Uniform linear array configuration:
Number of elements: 48
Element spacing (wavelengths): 0.75
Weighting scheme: hann
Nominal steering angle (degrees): -15
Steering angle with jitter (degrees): -16.272
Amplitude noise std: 0.05
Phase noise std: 0.05

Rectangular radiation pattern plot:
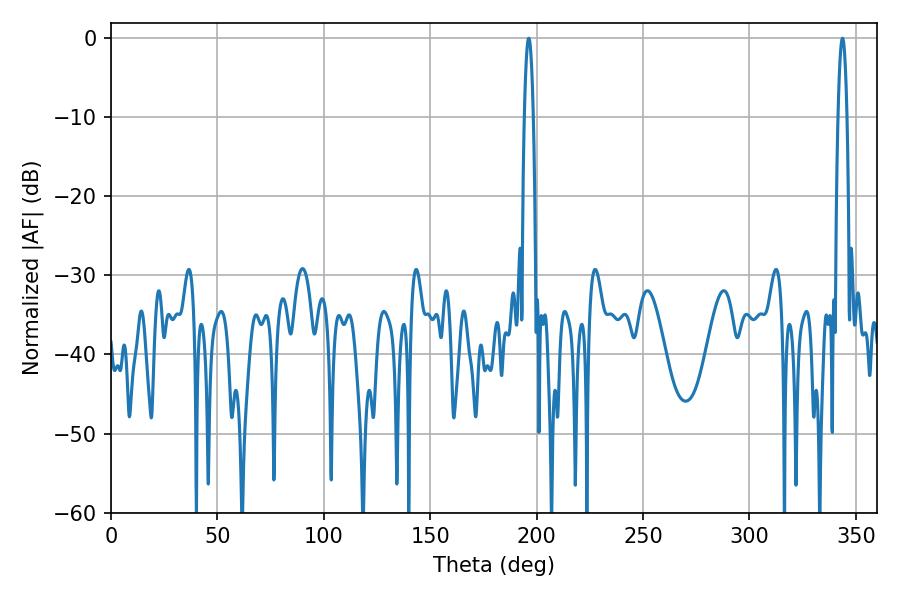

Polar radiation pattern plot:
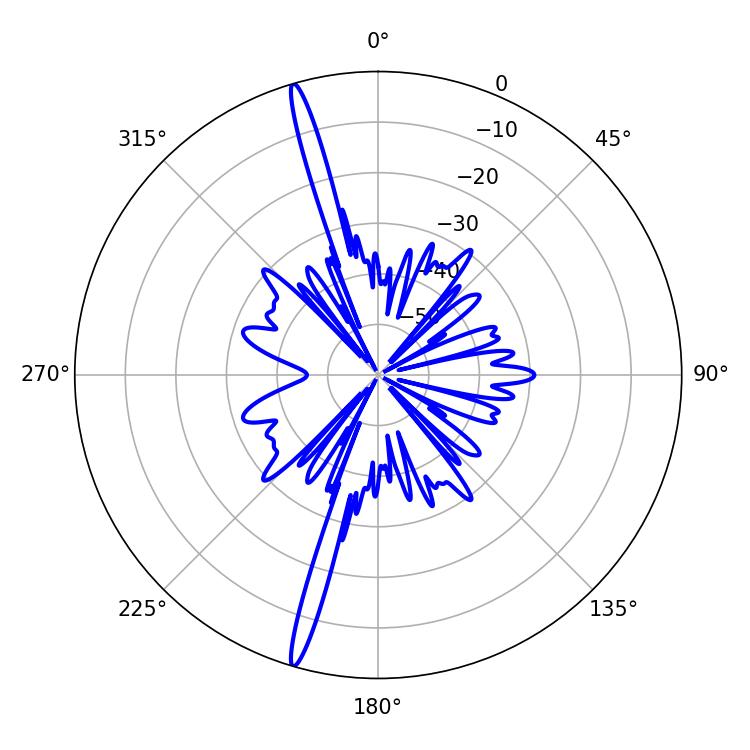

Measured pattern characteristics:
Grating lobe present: TRUE
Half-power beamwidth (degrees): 2.34
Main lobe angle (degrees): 196.2